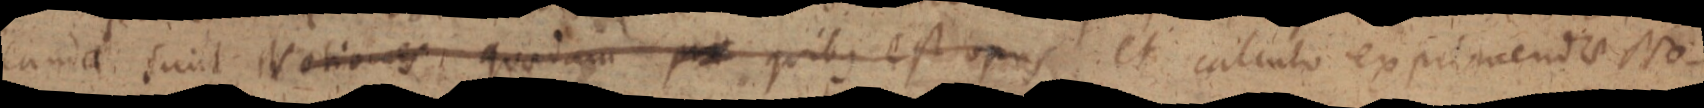
canda sunt Notiones quadump quibus est opus et calculo exprimendae No